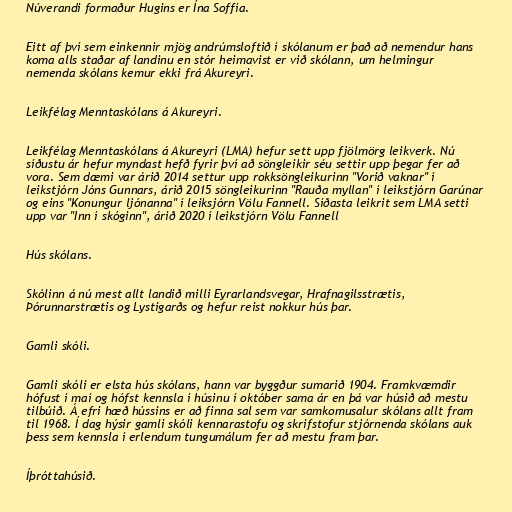
Núverandi formaður Hugins er Ína Soffía.

Eitt af því sem einkennir mjög andrúmsloftið í skólanum er það að nemendur hans
koma alls staðar af landinu en stór heimavist er við skólann, um helmingur
nemenda skólans kemur ekki frá Akureyri.

Leikfélag Menntaskólans á Akureyri.

Leikfélag Menntaskólans á Akureyri (LMA) hefur sett upp fjölmörg leikverk. Nú
síðustu ár hefur myndast hefð fyrir því að söngleikir séu settir upp þegar fer að
vora. Sem dæmi var árið 2014 settur upp rokksöngleikurinn "Vorið vaknar" í
leikstjórn Jóns Gunnars, árið 2015 söngleikurinn "Rauða myllan" í leikstjórn Garúnar
og eins "Konungur ljónanna" í leiksjórn Völu Fannell. Síðasta leikrit sem LMA setti
upp var "Inn í skóginn", árið 2020 í leikstjórn Völu Fannell

Hús skólans.

Skólinn á nú mest allt landið milli Eyrarlandsvegar, Hrafnagilsstrætis,
Þórunnarstrætis og Lystigarðs og hefur reist nokkur hús þar.

Gamli skóli.

Gamli skóli er elsta hús skólans, hann var byggður sumarið 1904. Framkvæmdir
hófust í maí og hófst kennsla í húsinu í október sama ár en þá var húsið að mestu
tilbúið. Á efri hæð hússins er að finna sal sem var samkomusalur skólans allt fram
til 1968. Í dag hýsir gamli skóli kennarastofu og skrifstofur stjórnenda skólans auk
þess sem kennsla í erlendum tungumálum fer að mestu fram þar.

Íþróttahúsið.